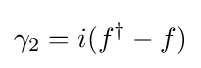
\gamma _{2}=i(f^{\dagger }-f)